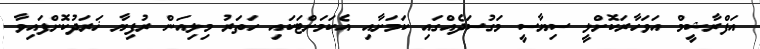
އަފްރާޝީމް އަވަހާރަކޮށްލީ ސިޔާސީ މަގުސަދެއްގައި ކަމަށާއި އެކަމަށްޓަކައި ހަތަރު މިލިއަން ރުފިޔާ ޚަރަދުކޮށްފައިވާ